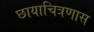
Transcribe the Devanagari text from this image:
छायाचित्रणास